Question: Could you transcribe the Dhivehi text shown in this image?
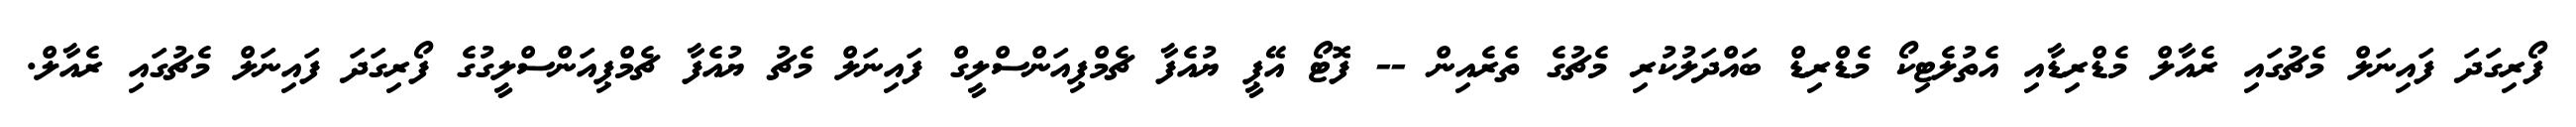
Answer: ފޯރިގަދަ ފައިނަލް މެޗުގައި ރެއާލް މެޑްރިޑާއި އެތުލެޓިކޯ މެޑްރިޑް ބައްދަލުކުރި މެޗުގެ ތެރެއިން -- ފޮޓޯ އޭޕީ ޔުއެފާ ޗެމްޕިއަންސްލީގް ފައިނަލް މެޗު ޔުއެފާ ޗެމްޕިއަންސްލީގުގެ ފޯރިގަދަ ފައިނަލް މެޗުގައި ރެއާލް.